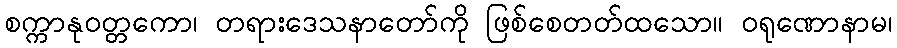
စက္ကာနုဝတ္တကော၊ တရားဒေသနာတော်ကို ဖြစ်စေတတ်ထသော။ ဝရုဏောနာမ၊